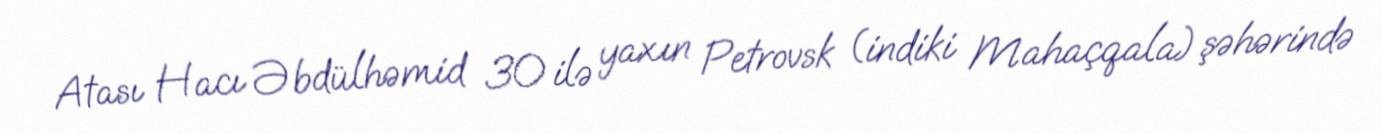
Atası Hacı Əbdülhəmid 30 ilə yaxın Petrovsk (indiki Mahaçqala) şəhərində